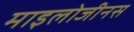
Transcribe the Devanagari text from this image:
माइलोजीनस